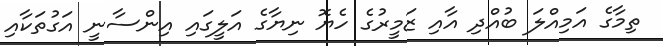
ތިމާގެ އަމިއްލަ ބުއްދި އާއި ޒަމީރުގެ ހެޔޮ ނިޔާގެ އަލީގައި އިންސާނީ އަގުތަކާއި